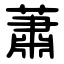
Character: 蕭